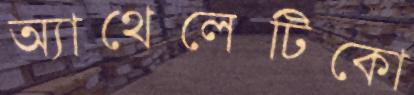
অ্যাথেলেটিকো